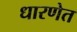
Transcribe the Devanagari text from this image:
धारणेत